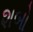
શબો